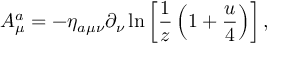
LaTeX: A _ { \mu } ^ { a } = - \eta _ { a \mu \nu } \partial _ { \nu } \ln \left[ { \frac { 1 } { z } } \left( 1 + { \frac { u } { 4 } } \right) \right] ,